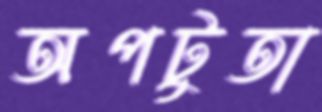
অপটুতা